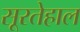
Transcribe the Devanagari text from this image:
सूरतेहाल